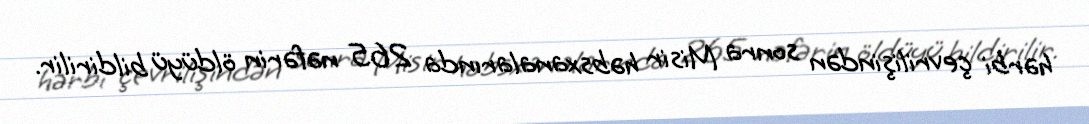
hərbi çevrilişindən sonra Misir həbsxanalarında 265 nəfərin öldüyü bildirilir.